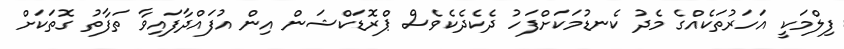
ފިލްމަކީ އަހަރުތަކެއްގެ މެދު ކެނޑުމަކަށްފަހު ދެކެދެކެވެސް ޕްރޮޑަކްޝަން އިން އުފައްދާފައިވާ ތަފާތު ގޮތަކަށް